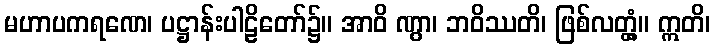
မဟာပကရဏေ၊ ပဋ္ဌာန်းပါဠိတော်၌။ အာဝိ ဏွာ၊ ဘဝိဿတိ၊ ဖြစ်လတ္တံ့။ ဣတိ၊